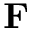
\mathbf { F }